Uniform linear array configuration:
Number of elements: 8
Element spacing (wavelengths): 0.75
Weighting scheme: hamming
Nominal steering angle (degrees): -15
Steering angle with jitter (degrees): -13.909
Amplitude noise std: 0.05
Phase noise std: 0.05

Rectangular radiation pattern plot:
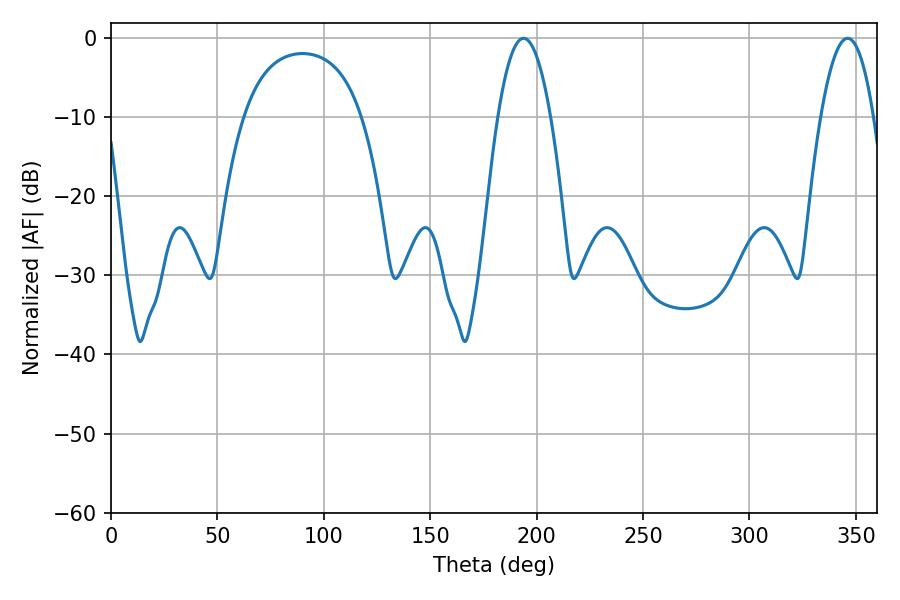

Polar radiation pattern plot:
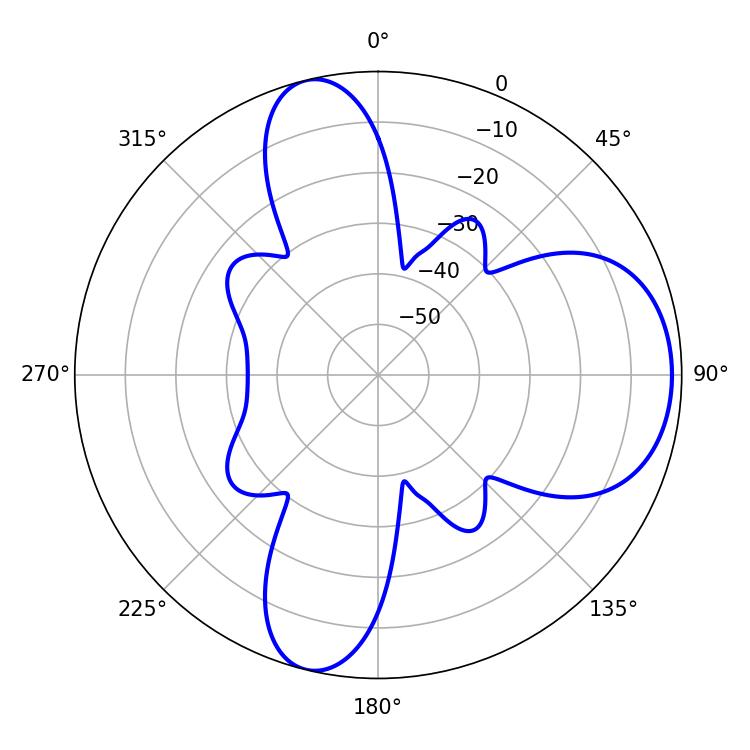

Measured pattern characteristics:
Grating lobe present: TRUE
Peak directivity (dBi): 8.377
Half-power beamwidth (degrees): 13.5
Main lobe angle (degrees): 193.86